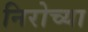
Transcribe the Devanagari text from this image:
निरोच्या